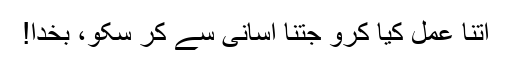
اتنا عمل کیا کرو جتنا آسانی سے کر سکو، بخدا!